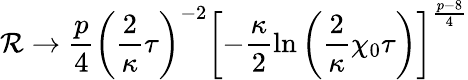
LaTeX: \mathcal{R}\rightarrow\frac{{p}}{{4}}\left(\frac{{2}}{{\kappa}}\tau\right)^{-2}\left[-\frac{{\kappa}}{{2}}\ln\left(\frac{{2}}{{\kappa}}\chi_{0}\tau\right)\right]^{\frac{{p-8}}{{4}}}